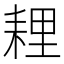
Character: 𦓵